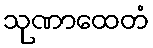
သုဏာထေတံ